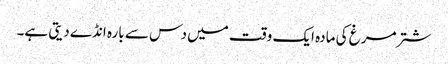
شتر مرغ کی مادہ ایک وقت میں دس سے بارہ انڈے دیتی ہے۔